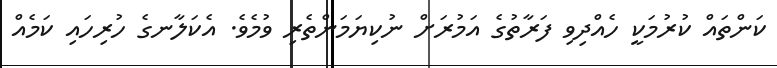
ކަންތައް ކުރުމަކީ ހެއްދިވި ފަރާތުގެ އަމުރަށް ނުކިޔަމަންތެރި ވުމެވެ. އެކަލާނގެ ހުރިހައި ކަމެއް